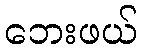
ဘေးဖယ်